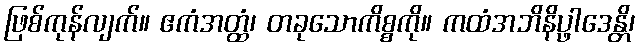
ဖြစ်ကုန်လျက်။ ဧကံအတ္ထံ၊ တခုသောကိစ္စကို။ ကထံအဘိနိပ္ဖာဒေန္တိ၊